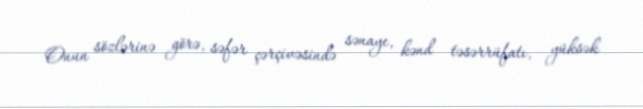
Onun sözlərinə görə, səfər çərçivəsində sənaye, kənd təsərrüfatı, yüksək